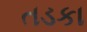
તડકા